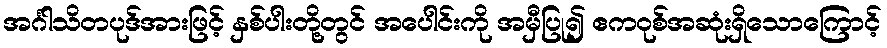
အင်္ဂါသိတပုဒ်အားဖြင့် နှစ်ပါးတို့တွင် အပေါင်းကို အမှီပြု၍ ဧကဝုစ်အဆုံးရှိသောကြောင့်